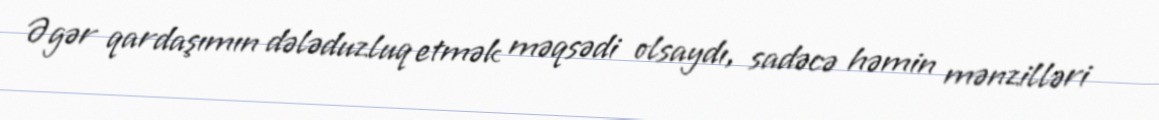
Əgər qardaşımın dələduzluq etmək məqsədi olsaydı, sadəcə həmin mənzilləri